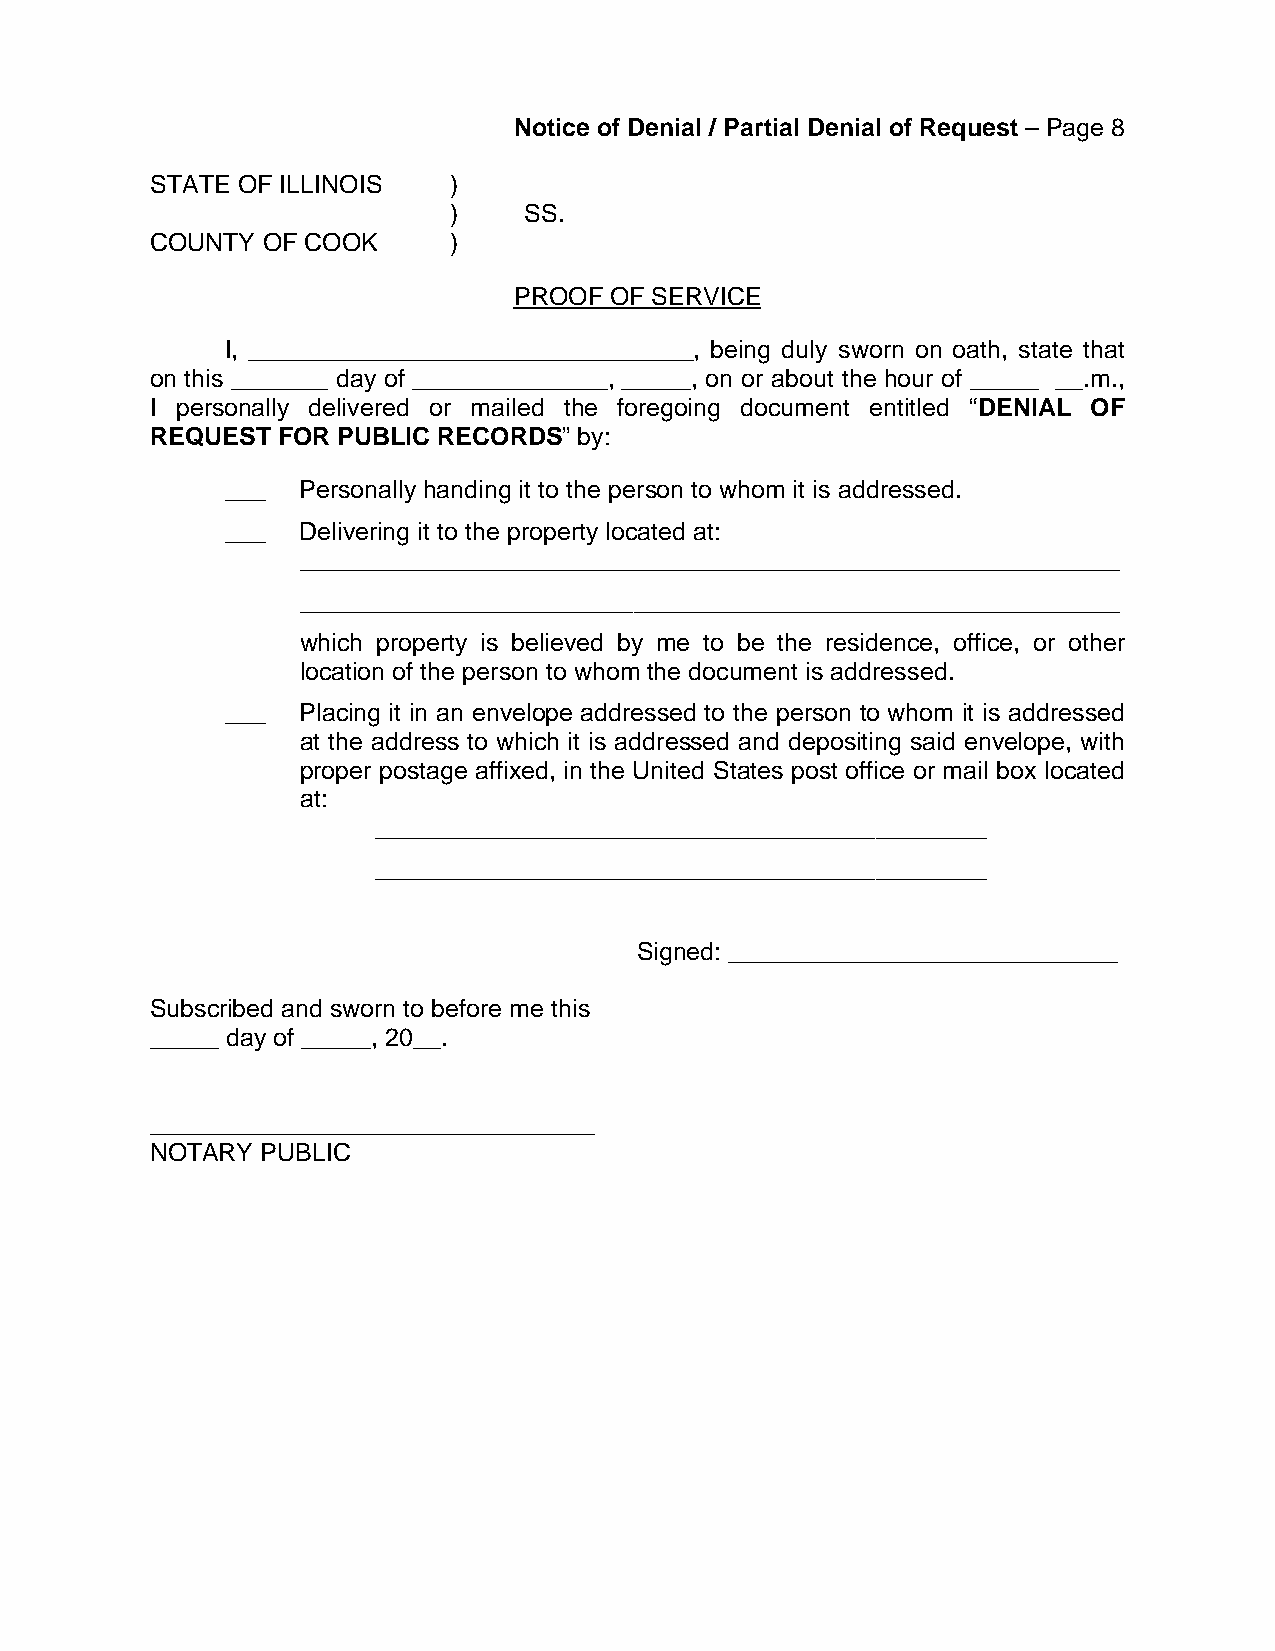
Notice of Denial / Partial Denial of Request – Page 8
 STATE OF ILLINOIS   )
 )    SS.
 COUNTY OF COOK      )
 PROOF OF SERVICE
 I, ________________________________, being duly sworn on oath, state that
 on this _______ day of ______________, _____, on or about the hour of _____ __.m.,
 I personally delivered or mailed the foregoing document entitled “DENIAL OF
 REQUEST FOR PUBLIC RECORDS” by:
 ___  Personally handing it to the person to whom it is addressed.
 ___  Delivering it to the property located at:
 ___________________________________________________________
 ___________________________________________________________
 which property is believed by me to be the residence, office, or other
 location of the person to whom the document is addressed.
 ___  Placing it in an envelope addressed to the person to whom it is addressed
 at the address to which it is addressed and depositing said envelope, with
 proper postage affixed, in the United States post office or mail box located
 at:
 ____________________________________________
 ____________________________________________
 Signed: ____________________________
 Subscribed and sworn to before me this
 _____ day of _____, 20__.
 ________________________________
 NOTARY PUBLIC